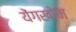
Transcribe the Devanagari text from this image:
येंगखोम